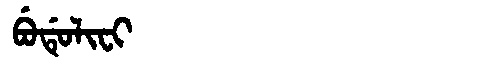
Manchu: ᠪᡠᡩᡠᠯᡳᠸᡳ
Romanization: BUDULIFI